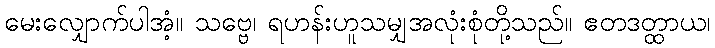
မေးလျှောက်ပါအံ့။ သဗ္ဗေ၊ ရဟန်းဟူသမျှအလုံးစုံတို့သည်။ ဧတဒတ္ထာယ၊